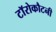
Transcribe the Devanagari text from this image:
टॉरोकौटनी